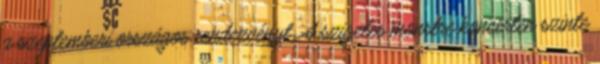
a szeptemberi országos rendezvényt. A szigetes monstre koncerten szinte